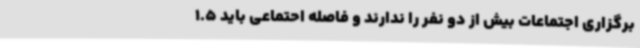
برگزاری اجتماعات بیش از دو نفر را ندارند و فاصله احتماعی باید 1.5